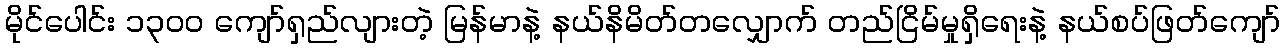
မိုင်ပေါင်း ၁၃၀၀ ကျော်ရှည်လျားတဲ့ မြန်မာနဲ့ နယ်နိမိတ်တလျှောက် တည်ငြိမ်မှုရှိရေးနဲ့ နယ်စပ်ဖြတ်ကျော်